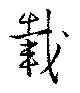
載